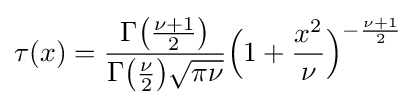
\tau (x)={\frac {\Gamma {\bigl (}{\frac {\nu +1}{2}}{\bigr )}}{\Gamma {\bigl (}{\frac {\nu }{2}}{\bigr )}{\sqrt {\pi \nu }}}}{\Bigl (}1+{\frac {x^{2}}{\nu }}{\Bigr )}^{-{\frac {\nu +1}{2}}}